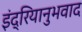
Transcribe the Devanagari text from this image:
इंद्रियानुभवाद